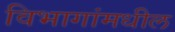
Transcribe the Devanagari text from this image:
विभागांमधील